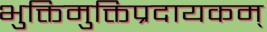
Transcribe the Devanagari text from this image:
भुक्तिमुक्तिप्रदायकम्